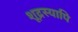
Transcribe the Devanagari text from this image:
शूद्रस्यापि